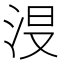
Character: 𣴉